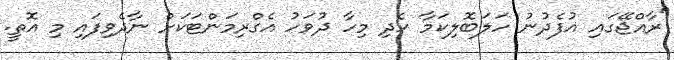
"ރާއްޖޭގައި އުފެދުނު ހަލަބޮލިކަމާ ހެދި މިހާ ދުވަހު އެގްރިމަންޓަކަށް ނާދެވިފައި މި އޮތީ.